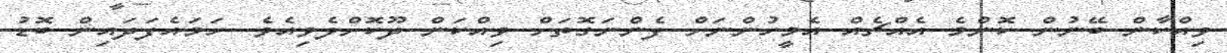
ވިއްކާން ބޭނުން ކޮންމެ އެއްޗެއް އެމީހުންނަށް ފެންނަގޮތަށް ވިއްކަން ދޫކޮށްލެވިއެވެ. ހަމައެފަދައިން ބޮޑު